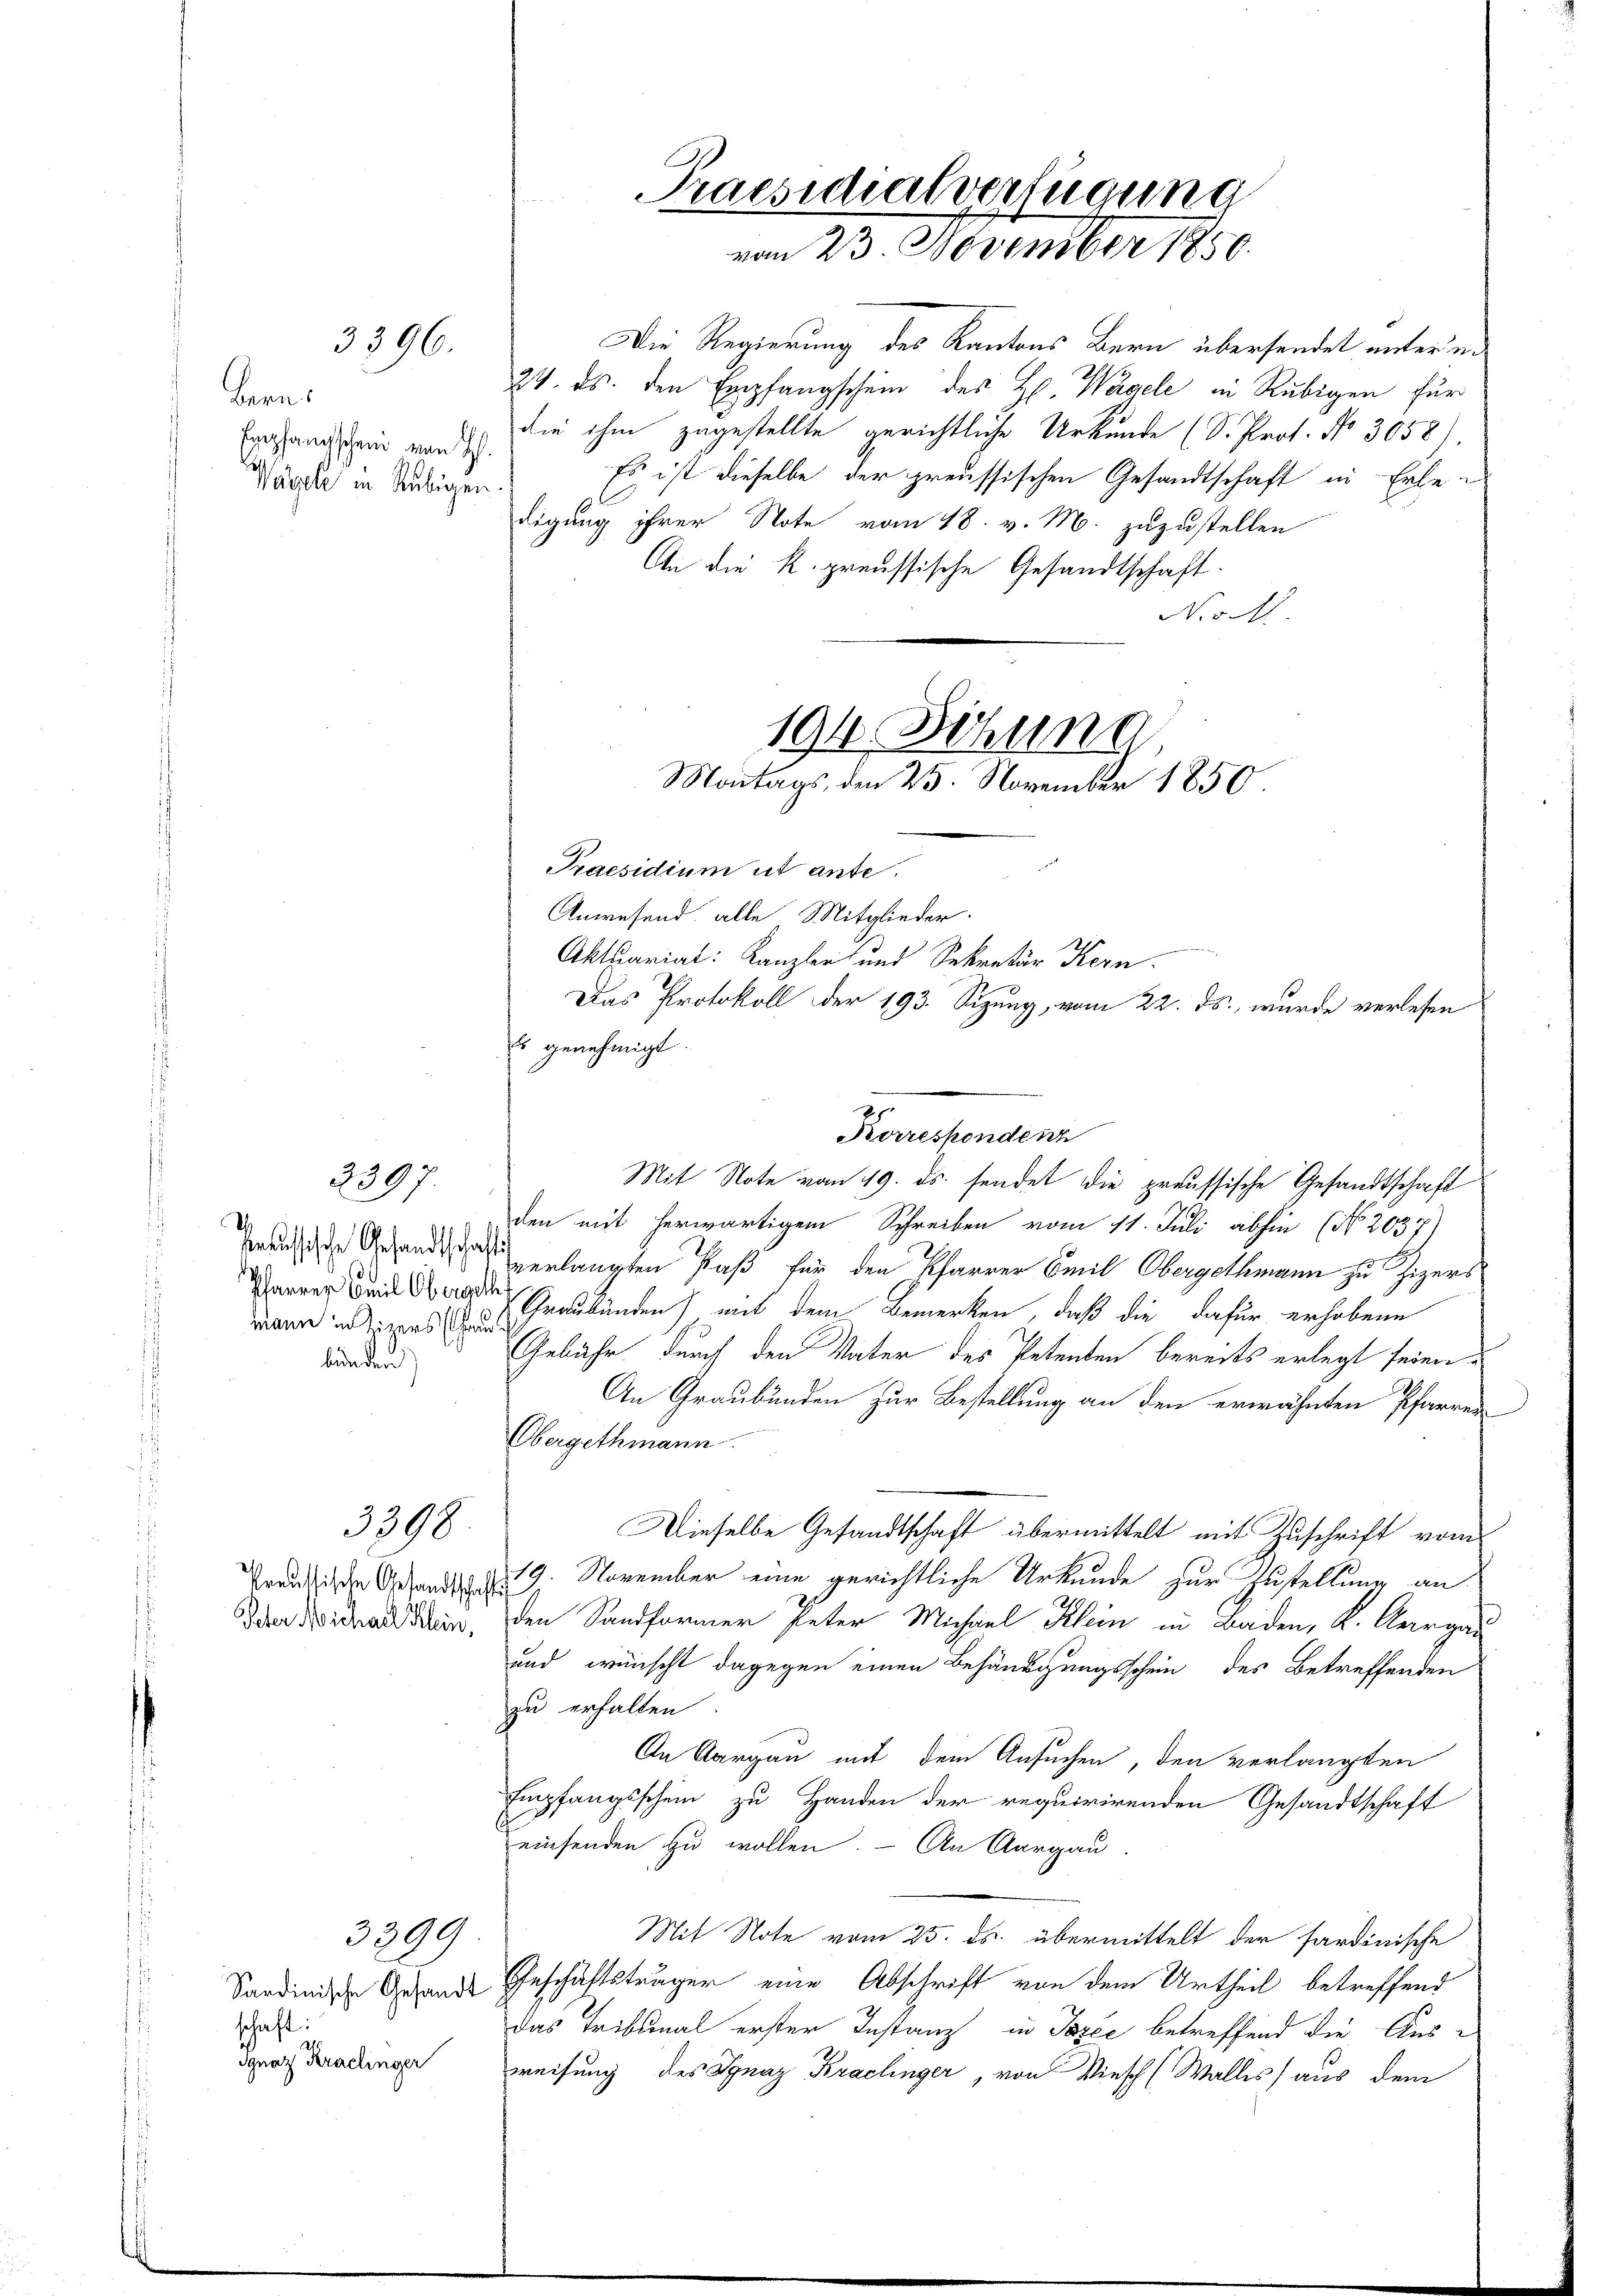
Bern.
Egepfangschein von H
Wägel in Rubigen

3396.

2397

.
seussische Gesandtschaf
Pfarrer Emil Obergeht
mann in Zigers herau
bänden

3398

Preussische Gesandtschaft
Peter Michael Klein,

Sardinische Gesandt
schaft:
d
Ignaz Krachinger

3399

Die Regierung des Kantons Bern übersendet unter u.
24. ds. den Empfangschein des H. Wagele in Rubigen für
die ihm zugestellte gerichtliche Urkunde (S. Prot. No 3058).
Es ist dieselbe der preussischen Gesandtschaft in Erle
digung ihrer Note vom 18. v. M. zuzustellen
An die k. preussische Gesandtschaft.
N.M.

Praesidialverfügung
vom 23 November 1850.

194. Ziehung
Montags, den 23. November 1850.

Praesidium ist ante.
Anwesend alle Mitglieder.

Aktuariat: Kanzler und Sekretär Kern
Das Protokoll der 193. Sizung, vom 22. ds., wurde verlesen
Es genehmigt.
den mit herwärtigem Schreiben vom 11. Juli abhin (No. 2037)
verlangten Paß für den Pfarrer Emil Obergethmann zu Zigers
Graubünden) mit dem Bemerken, daß die dafür erhobene
Gebühr durch den Vater des Petenten bereits erlegt seien.
An Graubünden zur Bestellung an den erwähnten Pfarrer
Obergethmann.
Dieselbe Gesandtschaft übermittelt mit Zuschrift vom
19. November eine gerichtliche Urkunde zur Zustellung an
den Sandformer Peter Michael Klein in Baden, K. Aargau
und wünscht dagegen einen Behändigungsschein des Betreffenden
zu erhalten
An Aargau mit dem Ansuchen, den verlangten
Empfangsschein zu Handen der requirirenden Gesandtschaft
einsenden zu wollen. – An Aargau.
Mit Note vom 25. ds. übermittelt der sardinische
Geschäftsträger eine Abschrift von dem Urtheil betreffend
das Tribunal erster Instanz in Pazić betreffend die Ausweisung des Ignaz Krachinger, von Wiesch (Walles aus dem

Korrespondenz
Mit Note vom 19. ds. sendet die preussische Gesandtschaft